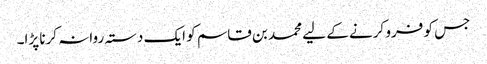
جس کو فرو کرنے کے لیے محمد بن قاسم کو ایک دستہ روانہ کرنا پڑا۔